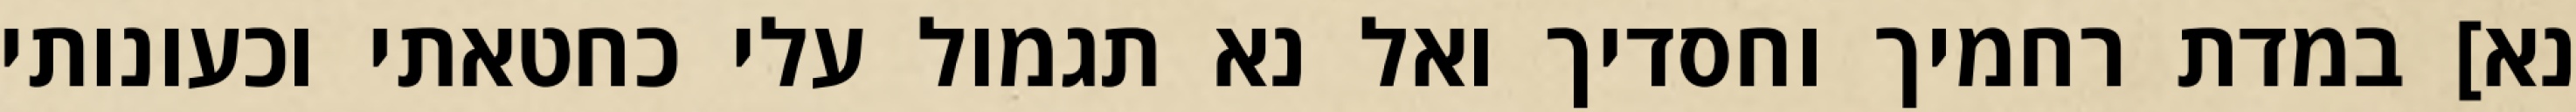
נא] במדת רחמיך וחסדיך ואל נא תגמול עלי כחטאתי וכעונותי